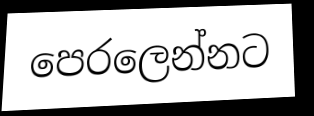
පෙරලෙන්නට